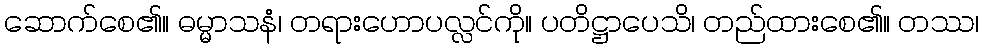
ဆောက်စေ၏။ ဓမ္မာသနံ၊ တရားဟောပလ္လင်ကို။ ပတိဋ္ဌာပေသိ၊ တည်ထားစေ၏။ တဿ၊